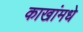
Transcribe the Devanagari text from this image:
काखांमधे